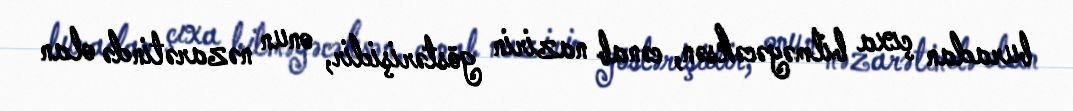
buradan çıxa bilməyəcəksən, cənab nazirin göstərişidir, onun nəzarətində olan